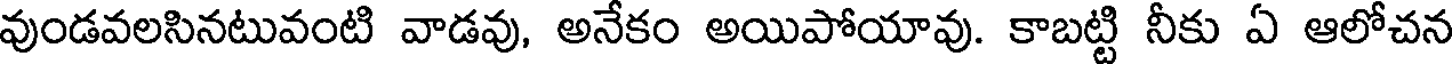
వుండవలసినటువంటి వాడవు, అనేకం అయిపోయావు. కాబట్టి నీకు ఏ ఆలోచన